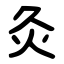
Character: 灸